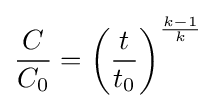
{\frac {C}{C_{0}}}=\left({\frac {t}{t_{0}}}\right)^{\frac {k-1}{k}}